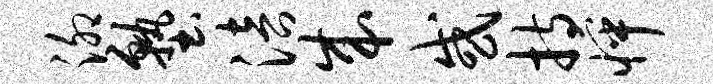
泖塾涪成或持怦